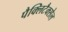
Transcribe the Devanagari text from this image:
पैक्लिटैक्सेल